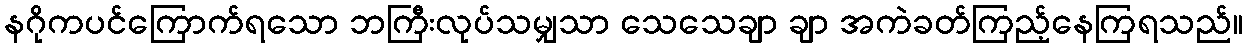
နဂိုကပင်ကြောက်ရသော ဘကြီးလုပ်သမျှသာ သေသေချာ ချာ အကဲခတ်ကြည့်နေကြရသည်။